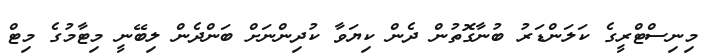
މިނިސްޓްރީގެ ކަލަންޑަރު ބުނާގޮތުން ދެން ކިޔަވާ ކުދިންނަށް ބަންދެން ލިބޭނީ މިޓާމުގެ މިޓް